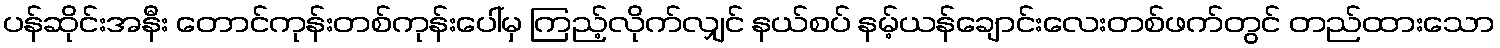
ပန်ဆိုင်းအနီး တောင်ကုန်းတစ်ကုန်းပေါ်မှ ကြည့်လိုက်လျှင် နယ်စပ် နမ့်ယန်ချောင်းလေးတစ်ဖက်တွင် တည်ထားသော